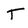
Character: T